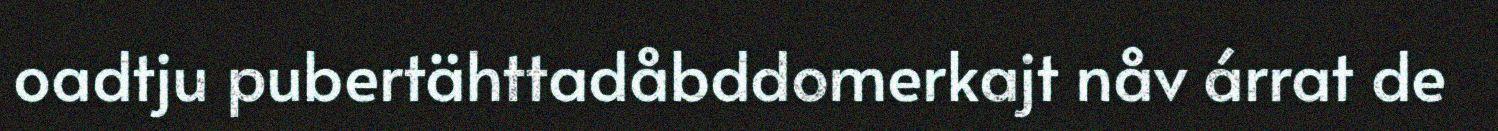
oadtju pubertähttadåbddomerkajt nåv árrat de